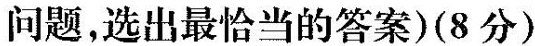
和 问题,选出最恰当的答案)(8 分)